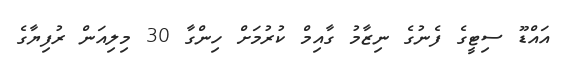
އައްޑޫ ސިޓީގެ ފެނުގެ ނިޒާމު ގާއިމް ކުރުމަށް ހިންގާ 30 މިލިއަން ރުފިޔާގެ